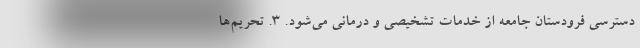
دسترسی فرودستان جامعه از خدمات تشخیصی و درمانی می‌شود. 3. تحریم‌ها